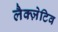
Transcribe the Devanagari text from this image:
लैक्ज़ेटिव